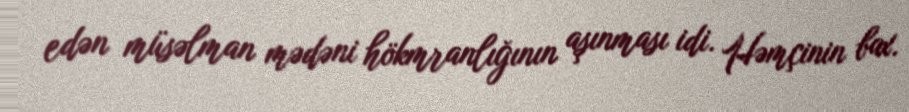
edən müsəlman mədəni hökmranlığının aşınması idi. Həmçinin bax.